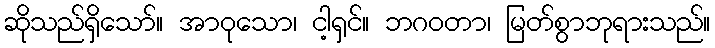
ဆိုသည်ရှိသော်။ အာဝုသော၊ ငါ့ရှင်။ ဘဂဝတာ၊ မြတ်စွာဘုရားသည်။